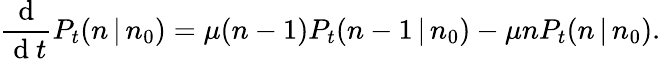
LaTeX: \frac{\mathrm{~d~}}{\mathrm{~d~}t}P_{t}(n\, |\, n_{0})=\mu(n-1)P_{t}(n-1\, |\, n_{0})-\mu nP_{t}(n\, |\, n_{0}).